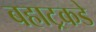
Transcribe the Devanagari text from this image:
बहाट्रकडे